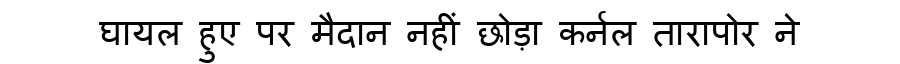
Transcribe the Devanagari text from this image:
घायल हुए पर मैदान नहीं छोड़ा कर्नल तारापोर ने